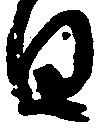
日